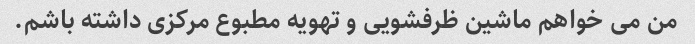
من می خواهم ماشین ظرفشویی و تهویه مطبوع مرکزی داشته باشم.